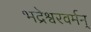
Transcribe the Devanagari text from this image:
भद्रेश्वरवर्मन्